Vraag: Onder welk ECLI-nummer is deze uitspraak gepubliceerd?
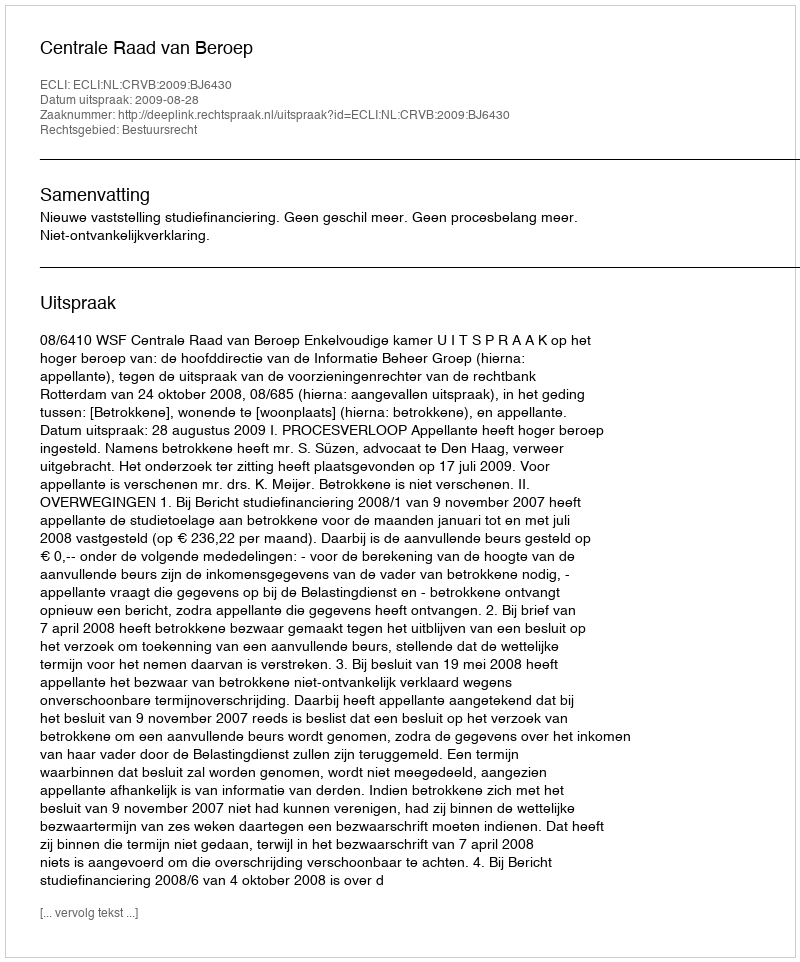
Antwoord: ECLI:NL:CRVB:2009:BJ6430